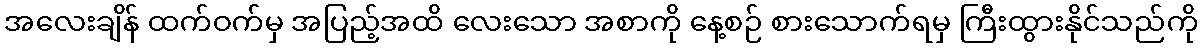
အလေးချိန် ထက်ဝက်မှ အပြည့်အထိ လေးသော အစာကို နေ့စဉ် စားသောက်ရမှ ကြီးထွားနိုင်သည်ကို